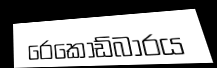
රෙකෝඩ්බාරය